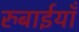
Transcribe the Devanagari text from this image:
रुबाईयाँ